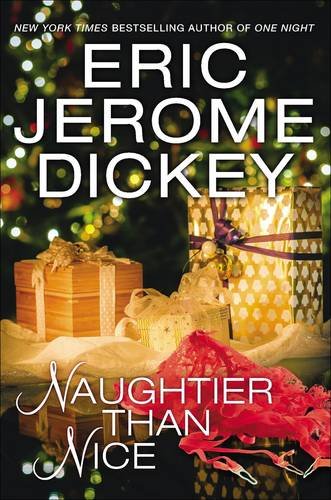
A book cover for Naughtier than Nice; Eric Jerome Dickey; Romance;